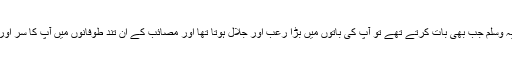
آنحضرت صلی اللہ علیہ وسلم جب بھی بات کرتے تھے تو آپؐ کی باتوں میں بڑا رعب اور جلال ہوتا تھا اور مصائب کے ان تند طوفانوں میں آپؐ کا سر اور بھی بلند ہوتا جاتا تھا۔